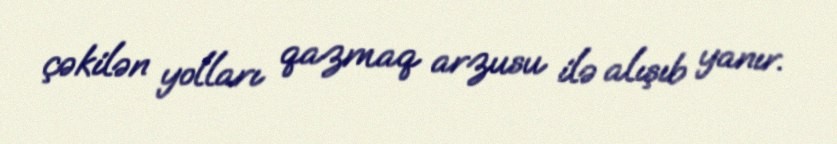
çəkilən yolları qazmaq arzusu ilə alışıb yanır.